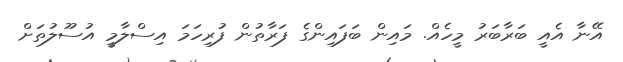
އޭނާ އެއީ ބަރާބަރު މީހެއް. މައިން ބަފައިންގެ ފަރާތުން ފުރިހަމަ އިސްލާމީ އުސޫލުތަށް